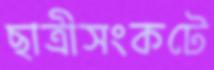
ছাত্রীসংকটে